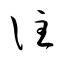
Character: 註